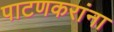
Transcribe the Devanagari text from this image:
पाटणकरांना